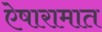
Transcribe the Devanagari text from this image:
ऐषारामात